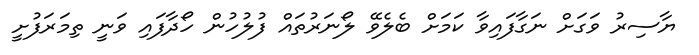
ޔާސިރު ވަގަށް ނަގާފައިވާ ކަމަށް ބެލެވޭ ލޯނަރުތައް ފުލުހުން ހޯދާފައި ވަނީ ތިމަރަފުށީ